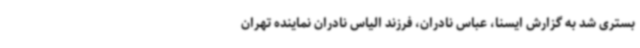
بستری شد به گزارش ایسنا، عباس نادران، فرزند الیاس نادران نماینده تهران